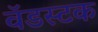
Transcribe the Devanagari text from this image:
वॅडस्टक